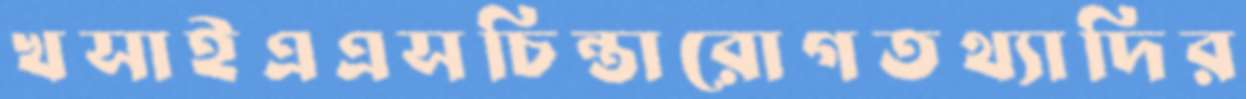
খসাইএএসচিন্তারোগতথ্যাদির